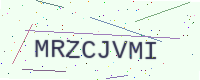
Text: MRZCJVMI